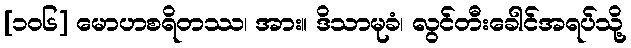
[၁၀၆] မောဟစရိတဿ၊ အား။ ဒိသာမုခံ၊ လွင်တီးခေါင်အရပ်သို့